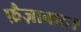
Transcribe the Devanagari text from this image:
फ़ैज़ाबाद।